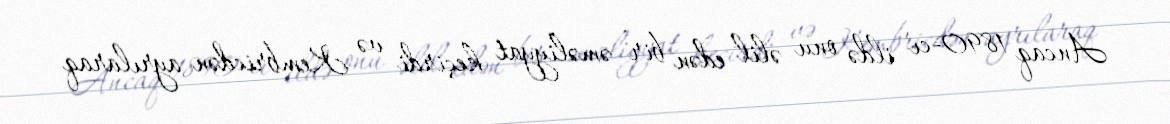
Ancaq 1890-cı ildə onu əlil edən bir əməliyyat keçirdi və Kembricdən ayrılaraq